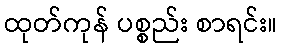
ထုတ်ကုန် ပစ္စည်း စာရင်း။